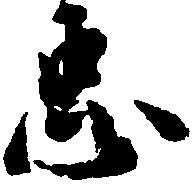
忠